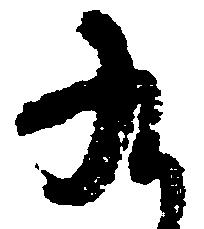
九